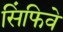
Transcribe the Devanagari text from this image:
सिंफिवे